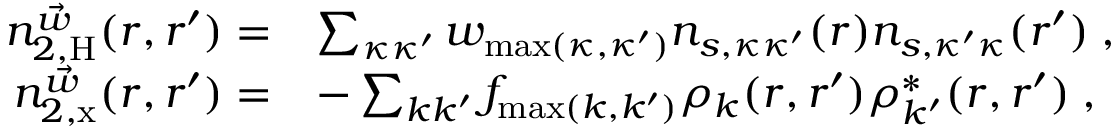
\begin{array} { r l } { n _ { 2 , \mathrm { H } } ^ { \vec { w } } ( \boldsymbol { r } , \boldsymbol { r } ^ { \prime } ) = } & { \sum _ { \kappa \kappa ^ { \prime } } w _ { \operatorname* { m a x } ( \kappa , \kappa ^ { \prime } ) } n _ { s , \kappa \kappa ^ { \prime } } ( \boldsymbol { r } ) n _ { s , \kappa ^ { \prime } \kappa } ( \boldsymbol { r } ^ { \prime } ) \; , } \\ { n _ { 2 , \mathrm { x } } ^ { \vec { w } } ( \boldsymbol { r } , \boldsymbol { r } ^ { \prime } ) = } & { - \sum _ { k k ^ { \prime } } f _ { \operatorname* { m a x } ( k , k ^ { \prime } ) } \rho _ { k } ( \boldsymbol { r } , \boldsymbol { r } ^ { \prime } ) \rho _ { k ^ { \prime } } ^ { * } ( \boldsymbol { r } , \boldsymbol { r } ^ { \prime } ) \; , } \end{array}